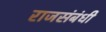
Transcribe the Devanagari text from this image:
राजसंबंधी